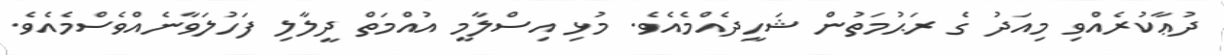
ދުޢާކުރެއްވި މިއަދު ގެ ރަޙުމަތުން ޝަހީދެއްމެއެވެ. މުޅި އިސްލާމީ އުއްމަތް ދީލާލި ފަހުލަވާނެއްވެސްމެއެވެ.